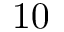
1 0